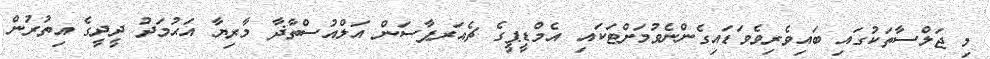
މި ޖަލްސާތަކުގައި ބައިވެރިވެވަޑައިގެންނެވުމަށްޓަކައި އެމްޑީޕީގެ ޗެއަރޕާސަން އަލްއުސްތާޛާ މާރިޔާ އަޙުމަދު ދީދީގެ އިތުރުން